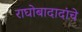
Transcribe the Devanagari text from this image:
राघोबादादांचे